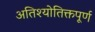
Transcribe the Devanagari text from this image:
अतिश्योतिक्तपूर्ण